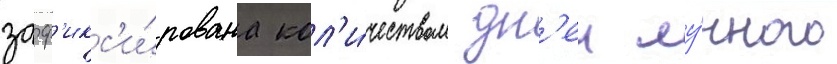
заф'икс'и́рована кол'и́чеством дн'еи лу́нного